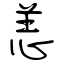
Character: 恙